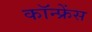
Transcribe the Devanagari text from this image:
कॉन्‍फ्रेंस